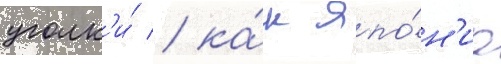
уголк'и́ / ка́к япо́н'иа